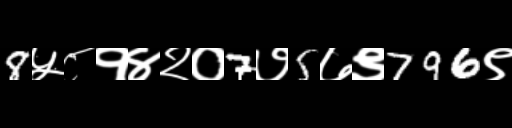
Text: 8५८१४२०7७5७९796९